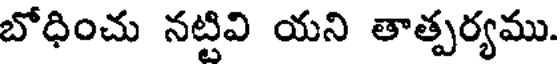
బోధించు నట్టివి యని తాత్పర్యము.